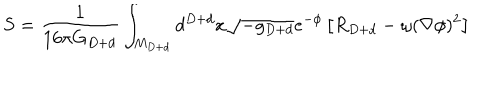
S = { \frac { 1 } { 1 6 \pi G _ { D + d } } } \int _ { M _ { D + d } } d ^ { D + d } x \sqrt { - g _ { D + d } } e ^ { - \phi } \left[ R _ { D + d } - \omega ( \nabla \phi ) ^ { 2 } \right]